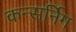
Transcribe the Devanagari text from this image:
कन्सर्निग